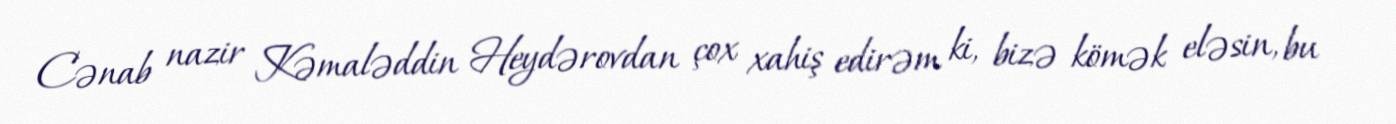
Cənab nazir Kəmaləddin Heydərovdan çox xahiş edirəm ki, bizə kömək eləsin, bu